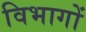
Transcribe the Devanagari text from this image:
विभागों